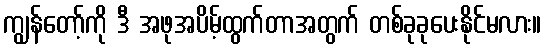
ကျွန်တော့်ကို ဒီ အဖုအပိမ့်ထွက်တာအတွက် တစ်ခုခုပေးနိုင်မလား။